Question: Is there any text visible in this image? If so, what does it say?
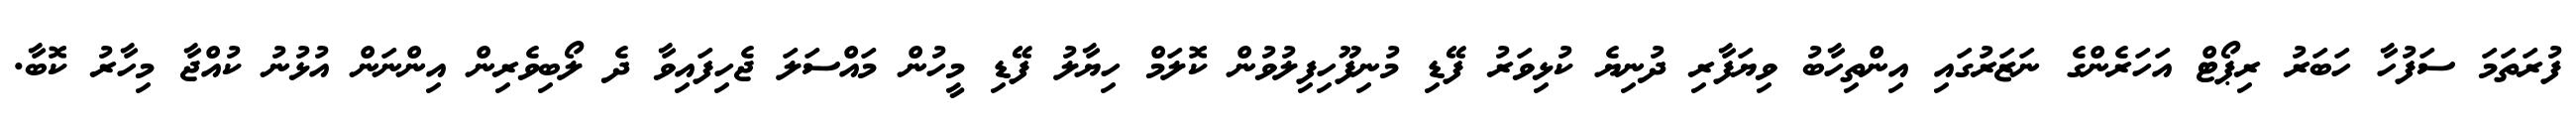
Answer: ފުރަތަމަ ސަފުހާ ހަބަރު ރިޕޯޓް އަހަރެންގެ ނަޒަރުގައި އިންތިހާބު ވިޔަފާރި ދުނިޔެ ކުޅިވަރު ފޭޑި މުނިފޫހިފިލުވުން ކޮލަމް ހިޔާލު ފޭޑި މީހުން މައްސަލަ ޖެހިފައިވާ ދެ ލޯބިވެރިން އިންނަން އުޅުނު ކުއްޖާ މިހާރު ކޮބާ.